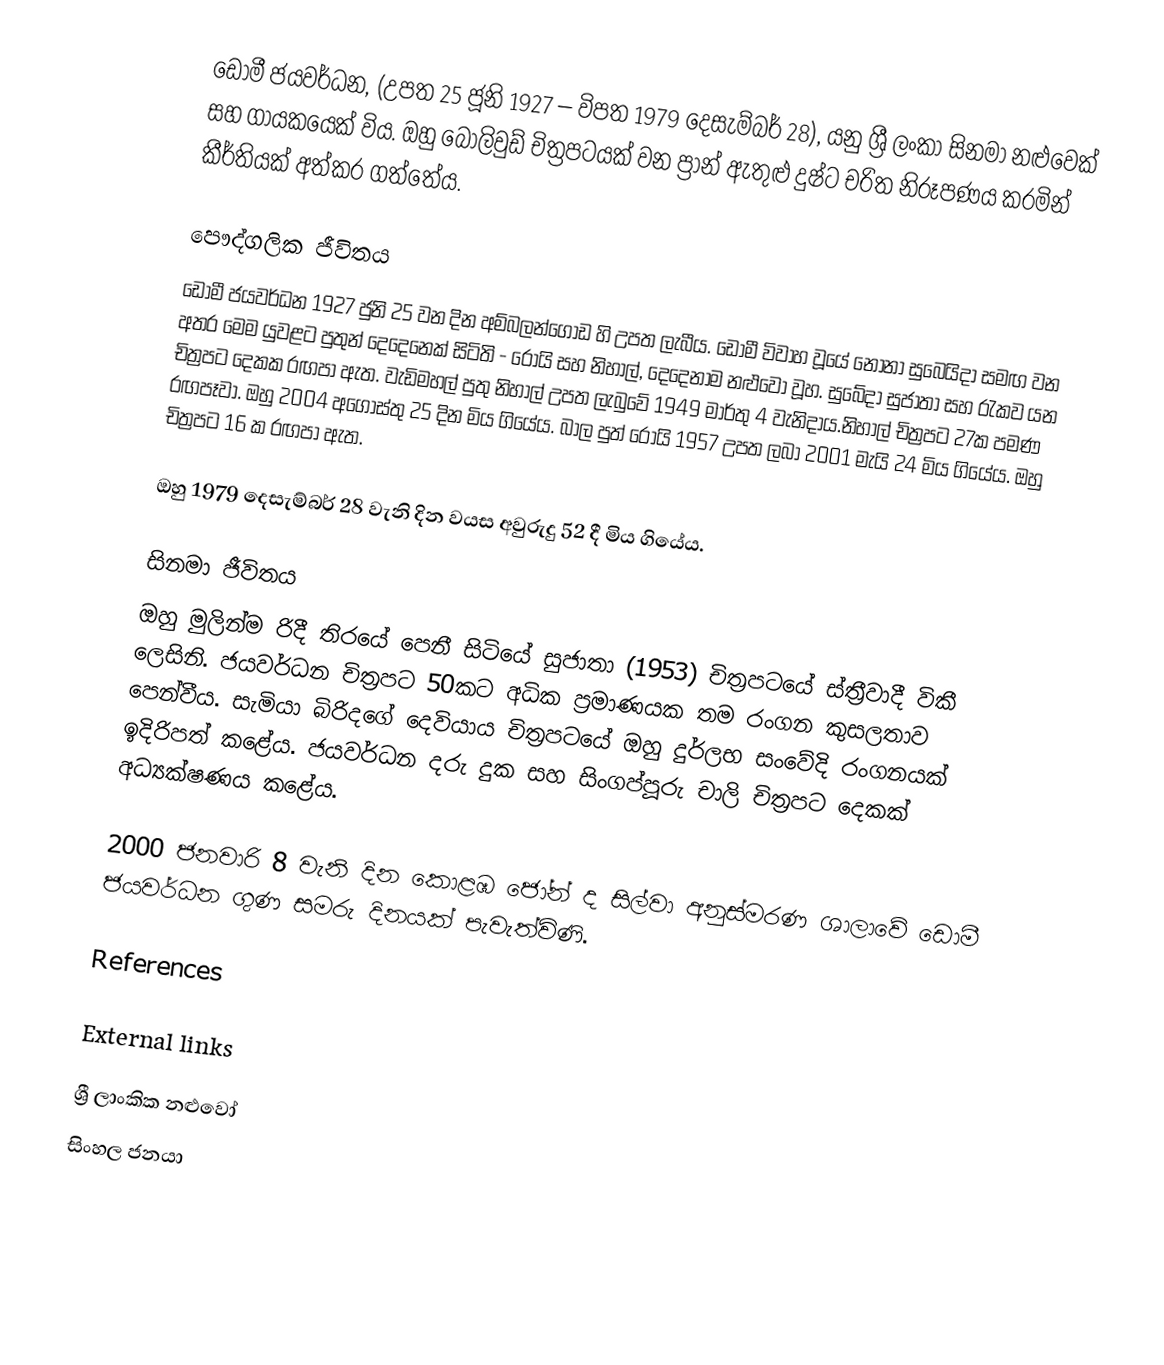
ඩොමී ජයවර්ධන, (උපත 25 ජූනි 1927 – විපත 1979 දෙසැම්බර් 28), යනු ශ්‍රී ලංකා සිනමා නළුවෙක් සහ ගායකයෙක් විය. ඔහු බොලිවුඩ් චිත්‍රපටයක් වන ප්‍රාන් ඇතුළු දුෂ්ට චරිත නිරූපණය කරමින් කීර්තියක් අත්කර ගත්තේය.

පෞද්ගලික ජීවිතය
ඩොමී ජයවර්ධන 1927 ජුනි 25 වන දින අම්බලන්ගොඩ හි උපත ලැබීය. ඩොමී විවාහ වූයේ නෝනා සුබෙයිදා සමඟ වන අතර මෙම යුවළට පුතුන් දෙදෙනෙක් සිටිති - රෝයි සහ නිහාල්, දෙදෙනාම නළුවෝ වූහ. සුබේදා සුජාතා සහ රැකව යන චිත්‍රපට දෙකක රඟපා ඇත. වැඩිමහල් පුතු නිහාල් උපත ලැබුවේ 1949 මාර්තු 4 වැනිදාය.නිහාල් චිත්‍රපට 27ක පමණ රඟපෑවා. ඔහු 2004 අගෝස්තු 25 දින මිය ගියේය. බාල පුත් රෝයි 1957 උපත ලබා 2001 මැයි 24 මිය ගියේය. ඔහු චිත්‍රපට 16 ක රඟපා ඇත.

ඔහු 1979 දෙසැම්බර් 28 වැනි දින වයස අවුරුදු 52 දී මිය ගියේය.

සිනමා ජීවිතය
ඔහු මුලින්ම රිදී තිරයේ පෙනී සිටියේ සුජාතා (1953) චිත්‍රපටයේ ස්ත්‍රීවාදී විකී ලෙසිනි. ජයවර්ධන චිත්‍රපට 50කට අධික ප්‍රමාණයක තම රංගන කුසලතාව පෙන්වීය. සැමියා බිරිදගේ දෙවියාය චිත්‍රපටයේ ඔහු දුර්ලභ සංවේදි රංගනයක් ඉදිරිපත් කළේය. ජයවර්ධන දරු දුක සහ සිංගප්පූරු චාලි චිත්‍රපට දෙකක් අධ්‍යක්ෂණය කළේය.

2000 ජනවාරි 8 වැනි දින කොළඹ ජෝන් ද සිල්වා අනුස්මරණ ශාලාවේ ඩොමී ජයවර්ධන ගුණ සමරු දිනයක් පැවැත්විණි.

References

External links

ශ්‍රී ලාංකික නළුවෝ
සිංහල ජනයා